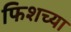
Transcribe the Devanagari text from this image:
फिशच्या